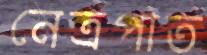
নেত্রপাত